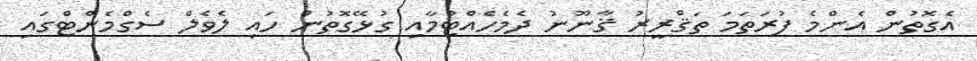
އެގޮތުން އެންމެ ފުރަތަމަ ތަޤްރީރު ޤާނޫނު ދެމެހެއްޓުމާއި ގުޅޭގޮތުން ހައި ލެވެލް ސެގްމެންޓްގައި